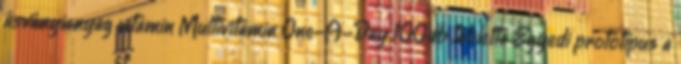
ásványianyag vitamin Multivitamin One-A-Day 100db tabletta Egyedi prototípus a